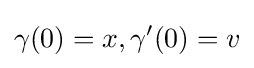
\gamma (0)=x,\gamma '(0)=v